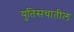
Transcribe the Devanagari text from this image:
युतिसंचातील